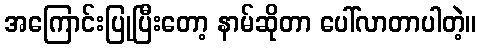
အကြောင်းပြုပြီးတော့ နာမ်ဆိုတာ ပေါ်လာတာပါတဲ့။